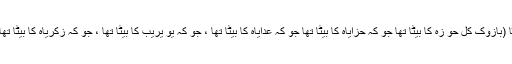
) 5 اور معسیاہ بازُوک کا بیٹا (بازُوک کل حو زہ کا بیٹا تھا جو کہ حزایاہ کا بیٹا تھا جو کہ عدایاہ کا بیٹا تھا ، جو کہ یُو یریب کا بیٹا تھا ، جو کہ زکریاہ کا بیٹا تھا جو سیلونی کی نسل سے تھا۔